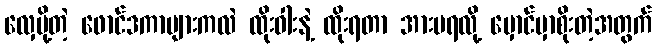
လှေပို့တဲ့ ဖောင်ဒကာများကလဲ ထိုးဝါးနဲ့ ထိုးရတာ အားမရလို့ မှောင်မှာစိုးတဲ့အတွက်